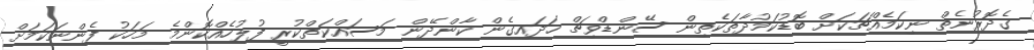
ގެދޮރުނެތް ނިކަމެއްޗަކަށް ބޮޑުކަމުދާތަކެތިން ސޭންޑްވިޗް ހަދައިގެން ކާންދޭން މަސައްކަތްކުރީ ފުލުހެއްކޮންމެ މަހަކު ފެންނަކަމަށް